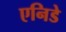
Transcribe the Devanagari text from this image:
एनिडे